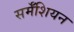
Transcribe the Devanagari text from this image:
सर्मॅशियन